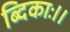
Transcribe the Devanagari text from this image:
ब्दिकाः।।